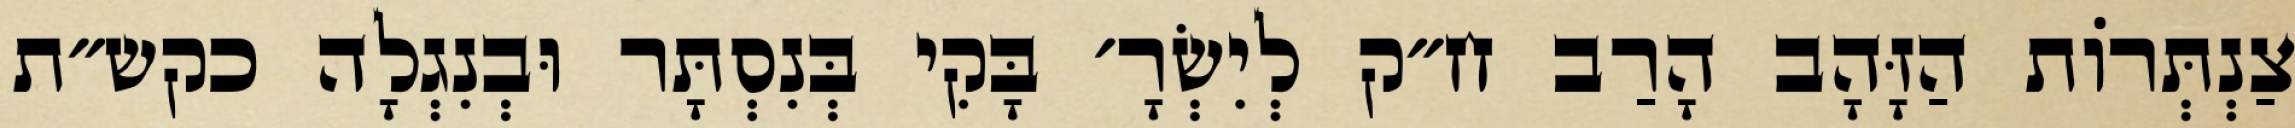
צַנְתְּרוֹת הַזָּהָב הָרַב ח״ק לְיִשְׂרָ׳ בָּקִי בְּנִסְתָּר וּבְנִגְלָה כקש״ת